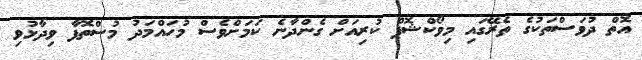
އޮތް ދުވަސްތަކުގެ ތެރޭގައި މިވޯކްޝޮޕް ކުރިއަށް ގެންދާނެ ކަމަށްވެސް މުހައްމަދު މުސްތޮފާ ވިދާޅުވި